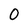
Character: 0